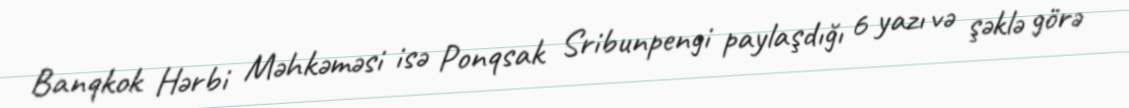
Banqkok Hərbi Məhkəməsi isə Ponqsak Sribunpengi paylaşdığı 6 yazı və şəklə görə